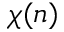
\chi ( n )